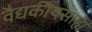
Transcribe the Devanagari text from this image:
वैद्यकीयसाह्य